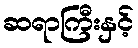
ဆရာကြီးနှင့်